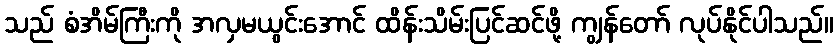
သည် စံအိမ်ကြီးကို အလှမယွင်းအောင် ထိန်းသိမ်းပြင်ဆင်ဖို့ ကျွန်တော် လုပ်နိုင်ပါသည်။